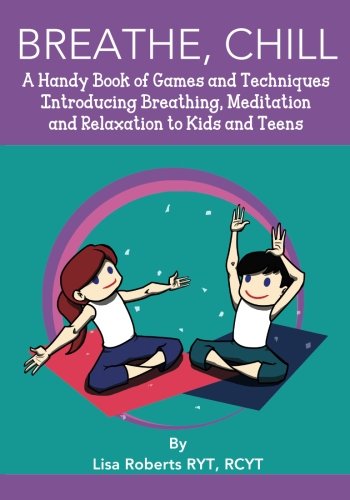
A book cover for Breathe, Chill: A Handy Book of Games and Techniques Introducing Breathing, Meditation and Relaxation to Kids and Teens; Lisa Roberts; Health, Fitness & Dieting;